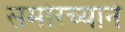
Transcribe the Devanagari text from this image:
समोरच्याने